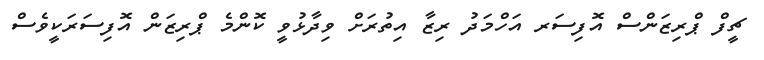
ޗީފް ޕްރިޒަންސް އޮފިސަރ އަަހްމަދު ރިޒާ އިތުރަށް ވިދާޅުވީ ކޮންމެ ޕްރިޒަން އޮފިސަރަކީވެސް